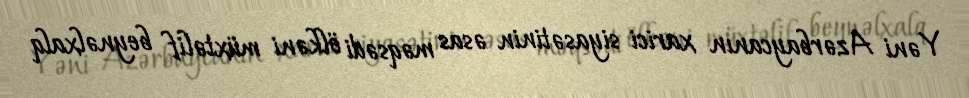
Yəni Azərbaycanın xarici siyasətinin əsas məqsədi ölkəni müxtəlif beynəlxalq